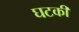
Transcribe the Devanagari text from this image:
घटकी